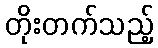
တိုးတက်သည့်